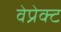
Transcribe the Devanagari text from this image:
वेप्रेक्ट